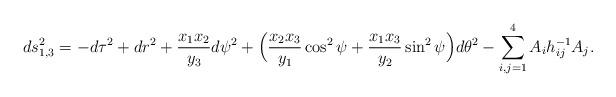
LaTeX: \begin{align*}ds^2_{1,3} = - d \tau^2 + dr^2 + {x_1 x_2 \over y_3} d \psi^2+ \Big( {x_2 x_3 \over y_1} \cos^2 \psi+ {x_1 x_3 \over y_2} \sin^2 \psi \Big) d \theta^2- \sum_{i,j=1}^4 A_i h_{ij}^{-1} A_j.\end{align*}